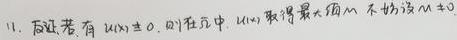
11. 反证若有 \(u(x)\not\equiv0\)，则在 \(\Omega\) 中，\(u(x)\) 取得最大 \(\Rightarrow\) 不妨设 \(u\neq0\)